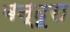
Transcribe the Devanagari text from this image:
बन्दूरा